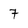
Character: 7